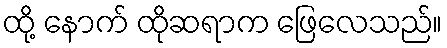
ထို့ နောက် ထိုဆရာက ဖြေလေသည်။